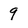
Character: 9